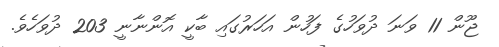
ޖޫން 11 ވަނަ ދުވަހުގެ ފަހުން އަހަރުގައި ބާކީ އޮންނާނީ 203 ދުވަހެވެ.